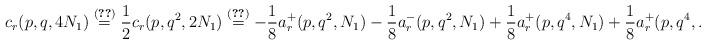
LaTeX: \begin{align*} c_r(p,q,4N_1) \stackrel{\eqref{eq:cr4N}}{=} \frac{1}{2}c_r(p,q^2,2N_1) \stackrel{\eqref{eq:cr2N}}= -\frac{1}{8} a_r^+(p,q^2,N_1) - \frac{1}{8} a_r^-(p,q^2,N_1) + \frac{1}{8} a_r^+(p,q^4,N_1) + \frac{1}{8} a_r^+(p,q^4,N_1)\end{align*}